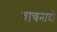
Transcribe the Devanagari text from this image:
वाचनादी